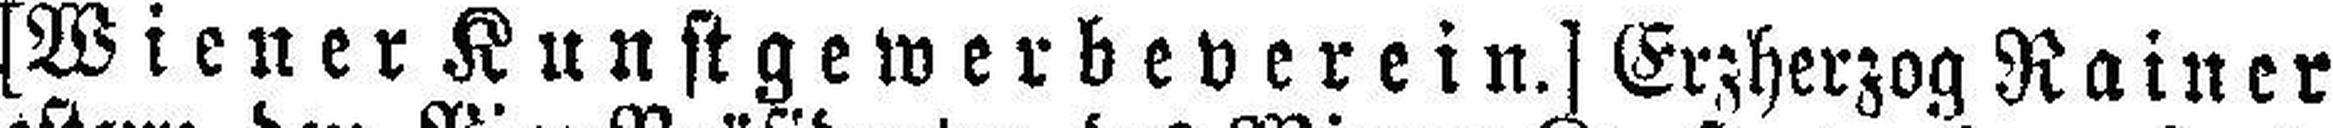
[Wiener Kunstgewerbeverein.] Erzherzog Rainer